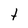
Character: t